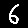
Digit: 6